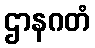
ဌာနဂတံ